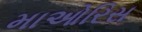
માઓરિસ